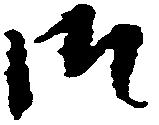
御